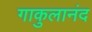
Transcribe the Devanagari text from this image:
गाकुलानंद